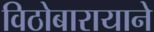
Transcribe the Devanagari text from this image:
विठोबारायाने